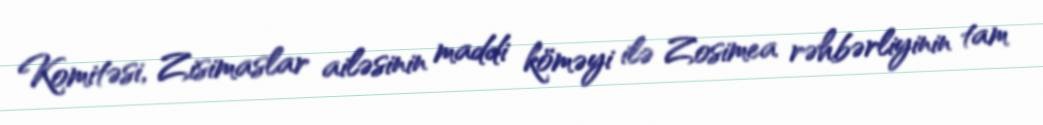
Komitəsi, Zisimaslar ailəsinin maddi köməyi ilə Zosimea rəhbərliyinin tam